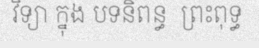
វិទ្យា ក្នុង បទនិពន្ធ  ព្រះពុទ្ធ